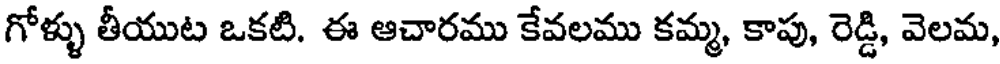
గోళ్ళు తీయుట ఒకటి. ఈ ఆచారము కేవలము కమ్మ, కాపు, రెడ్డి, వెలమ,